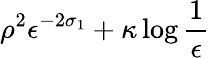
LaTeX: \rho^{2}\le\epsilon^{-2\sigma_{1}}+\kappa\log\frac{1}{\epsilon}